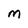
Character: M